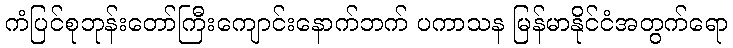
ကံပြင်စုဘုန်းတော်ကြီးကျောင်းနောက်ဘက် ပကာသန မြန်မာနိုင်ငံအတွက်ရော